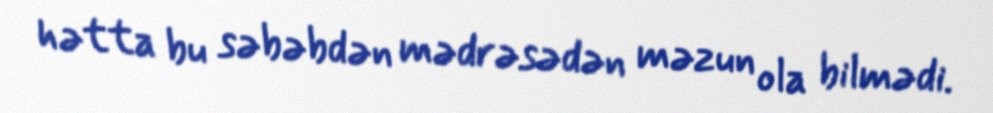
hətta bu səbəbdən mədrəsədən məzun ola bilmədi.